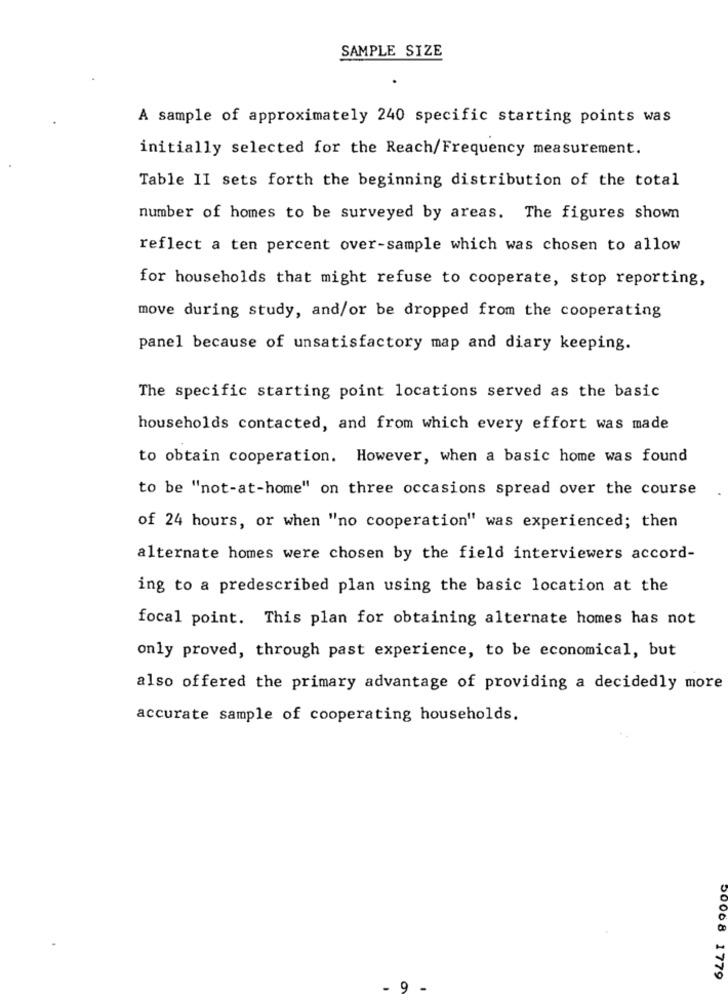
SAMPLE SIZE
A sample of approximately 240 specific starting points was
initially selected for the Reach/Frequency measurement.
Table II sets forth the beginning distribution of the total
number of homes to be surveyed by areas. The figures shown
reflect a ten percent over-sample which was chosen to allow
for households that might refuse to cooperate, stop reporting,
move during study, and/or be dropped from the cooperating
panel because of unsatisfactory map and diary keeping.
The specific starting point locations served as the basic
households contacted, and from which every effort was made
to obtain cooperation. However, when a basic home was found
to be "not-at-home" on three occasions spread over the course
of 24 hours, or when "no cooperation" was experienced; then
alternate homes were chosen by the field interviewers accord-
ing to a predescribed plan using the basic location at the
focal point. This plan for obtaining alternate homes has not
only proved, through past experience, to be economical, but
also offered the primary advantage of providing a decidedly more
accurate sample of cooperating households.
50008 1779
- 9 -